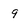
Character: 9